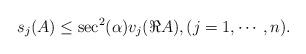
LaTeX: \begin{align*}s_{j}(A) \leq \sec^{2}(\alpha) v_{j} (\Re A),(j=1, \cdots, n).\end{align*}